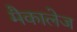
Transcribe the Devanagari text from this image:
मैकालेज